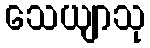
သေယျာသု